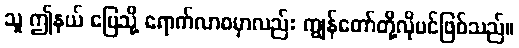
သူ ဤနယ် မြေသို့ ရောက်လာစမှာလည်း ကျွန်တော်တို့လိုပင်ဖြစ်သည်။